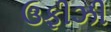
ઉફીઝી